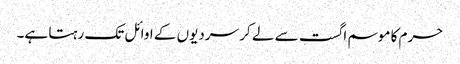
حرم کا موسم اگست سے لے کر سردیوں کے اوائل تک رہتا ہے۔